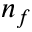
n _ { f }